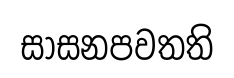
සාසනපවතති